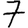
Digit: 7